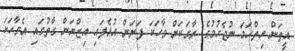
އީތަން ހިތްހަމަ ނުޖެހުމުގެ ރާގަކަށް ވާހަކަ ފަށަން އުޅެފައި އިޒްޔަން ގާތުގައި އެވާހަކަ